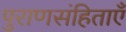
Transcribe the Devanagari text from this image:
पुराणसंहिताएँ